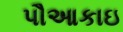
પૌઆકાઇ